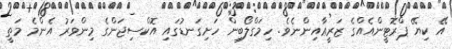
އޭ ކިޔޭ ޕްރޮޓީންއެއްގެ ޒަރީޢާއިންނެވެ. ހިމަގްލޯބިން ހަށިގަނޑުގައި އޮކްސިޖަންގެ މިިންވަރު އެންމެ މަތީ